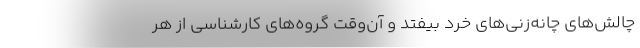
چالش‌های چانه‌زنی‌های خُرد بیفتد و آن‌وقت گروه‌های کارشناسی از هر